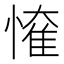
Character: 𢟠